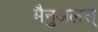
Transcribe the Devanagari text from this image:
मैनुअलस्